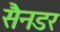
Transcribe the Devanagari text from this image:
सैनडर